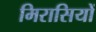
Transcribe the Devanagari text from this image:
मिरासियों